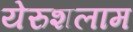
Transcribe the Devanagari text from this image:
येरुशलाम